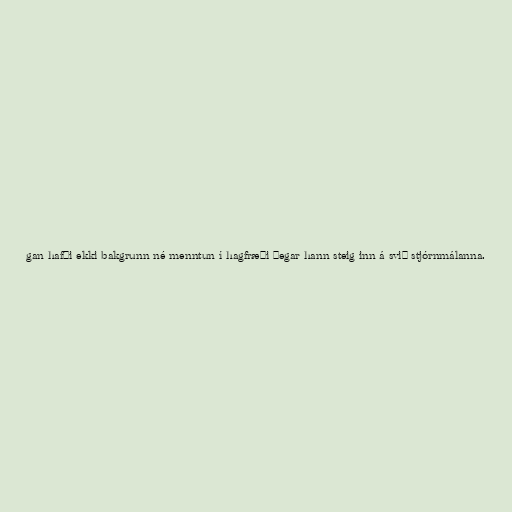
gan hafði ekki bakgrunn né menntun í hagfræði þegar hann steig inn á svið stjórnmálanna.